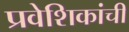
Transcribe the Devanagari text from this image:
प्रवेशिकांची